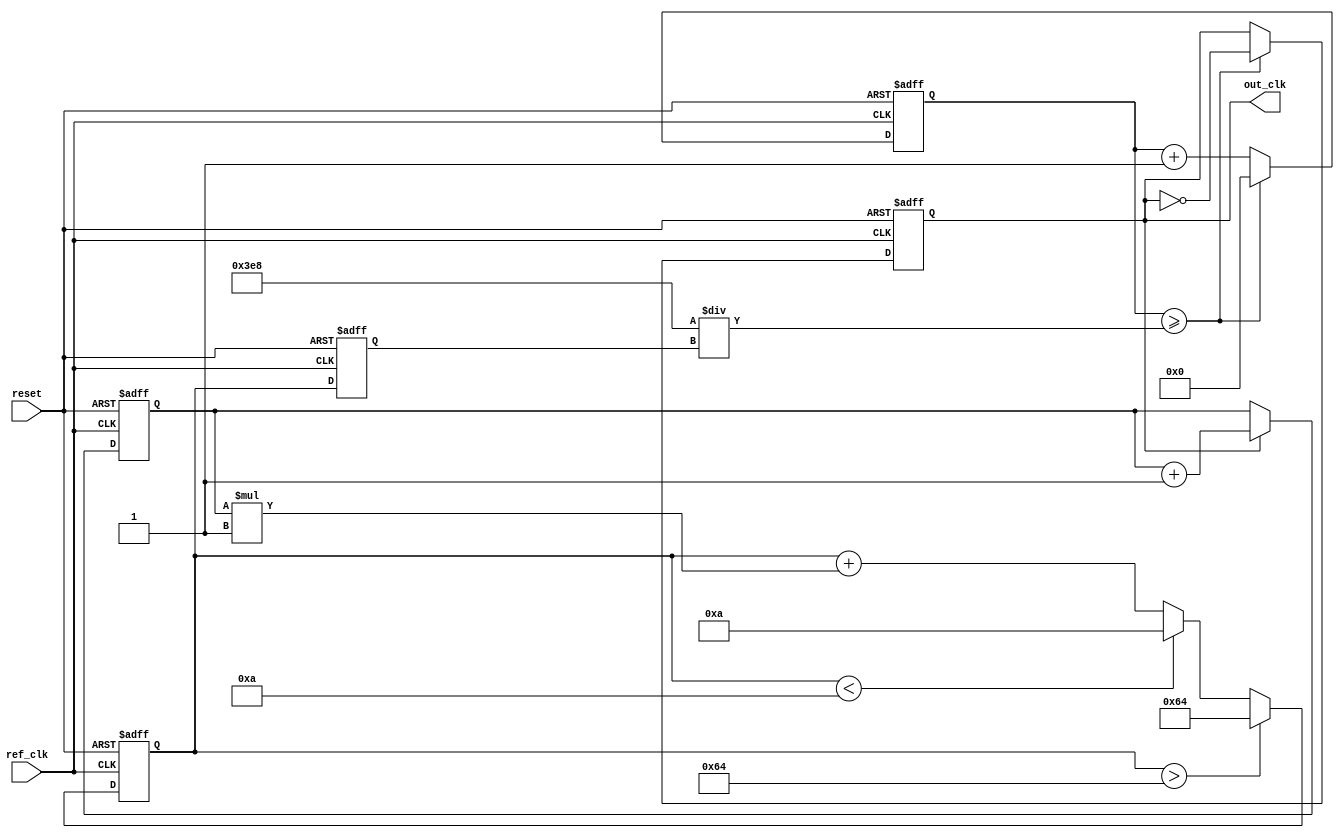
module pll_type1 (
    input wire ref_clk,           // Reference clock input
    input wire reset,            // Asynchronous reset
    output reg out_clk           // Output clock
);

    // Parameters
    parameter integer VCO_MAX_FREQ = 100; // Maximum frequency for VCO
    parameter integer VCO_MIN_FREQ = 10;   // Minimum frequency for VCO
    parameter integer LOOP_FILTER_GAIN = 1; // Gain for loop filter

    // Internal signals
    reg [31:0] phase_error;          // Phase error signal
    reg [31:0] control_voltage;       // Control voltage for VCO
    reg [31:0] vco_frequency;         // Current frequency of VCO
    reg [31:0] vco_counter;           // VCO counter for generating out_clk
    reg [31:0] ref_counter;           // Reference counter for phase detection
    reg locked;                       // PLL lock status

    // Phase Detector (PD)
    always @(posedge ref_clk or posedge reset) begin
        if (reset) begin
            phase_error <= 0;
            ref_counter <= 0;
        end else begin
            // Simple phase detection logic
            if (out_clk) begin
                phase_error <= phase_error + 1; // Increment phase error if out_clk is high
            end
            ref_counter <= ref_counter + 1; // Increment reference clock counter
        end
    end

    // Loop Filter
    always @(posedge ref_clk or posedge reset) begin
        if (reset) begin
            control_voltage <= 0;
        end else begin
            // Simple proportional control for loop filter
            control_voltage <= control_voltage + (phase_error * LOOP_FILTER_GAIN);
            // Clamp control voltage to VCO limits
            if (control_voltage > VCO_MAX_FREQ) begin
                control_voltage <= VCO_MAX_FREQ;
            end else if (control_voltage < VCO_MIN_FREQ) begin
                control_voltage <= VCO_MIN_FREQ;
            end
        end
    end

    // Voltage-Controlled Oscillator (VCO)
    always @(posedge ref_clk or posedge reset) begin
        if (reset) begin
            vco_frequency <= VCO_MIN_FREQ; // Start at minimum frequency
            vco_counter <= 0;
            out_clk <= 0;
            locked <= 0;
        end else begin
            // Update VCO frequency based on control voltage
            vco_frequency <= control_voltage;

            // Generate out_clk based on VCO frequency
            if (vco_counter >= (1000 / vco_frequency)) begin // Adjust for frequency scaling
                out_clk <= ~out_clk; // Toggle output clock
                vco_counter <= 0;
                // Check for lock condition (simple example)
                if (phase_error == 0) begin
                    locked <= 1; // PLL is locked
                end
            end else begin
                vco_counter <= vco_counter + 1;
            end
        end
    end

endmodule